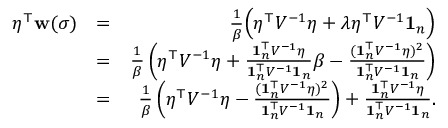
\begin{array} { r l r } { \eta ^ { \top } { \bf w } ( \sigma ) } & { = } & { \frac 1 { \beta } \Big ( \eta ^ { \top } V ^ { - 1 } \eta + \lambda \eta ^ { \top } V ^ { - 1 } { \bf 1 } _ { n } \Big ) } \\ & { = } & { \frac 1 { \beta } \left( \eta ^ { \top } V ^ { - 1 } \eta + \frac { { \bf 1 } _ { n } ^ { \top } V ^ { - 1 } \eta } { { \bf 1 } _ { n } ^ { \top } V ^ { - 1 } { \bf 1 } _ { n } } \beta - \frac { ( { \bf 1 } _ { n } ^ { \top } V ^ { - 1 } \eta ) ^ { 2 } } { { \bf 1 } _ { n } ^ { \top } V ^ { - 1 } { \bf 1 } _ { n } } \right) } \\ & { = } & { \frac 1 { \beta } \left( \eta ^ { \top } V ^ { - 1 } \eta - \frac { ( { \bf 1 } _ { n } ^ { \top } V ^ { - 1 } \eta ) ^ { 2 } } { { \bf 1 } _ { n } ^ { \top } V ^ { - 1 } { \bf 1 } _ { n } } \right) + \frac { { \bf 1 } _ { n } ^ { \top } V ^ { - 1 } \eta } { { \bf 1 } _ { n } ^ { \top } V ^ { - 1 } { \bf 1 } _ { n } } . } \end{array}